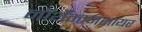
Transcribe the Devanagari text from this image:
नॉर्थॅम्टनशायर